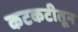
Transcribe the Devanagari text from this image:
कटकटीतून